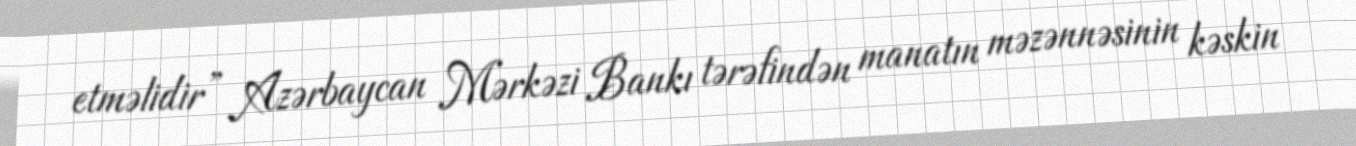
etməlidir” Azərbaycan Mərkəzi Bankı tərəfindən manatın məzənnəsinin kəskin